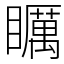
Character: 矋